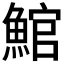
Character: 𩸘